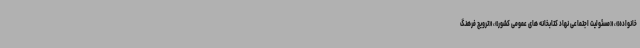
خانواده»، «مسئولیت اجتماعی نهاد کتابخانه های عمومی کشور»، «ترویج فرهنگ